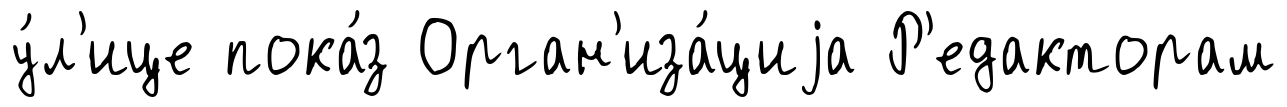
у́л'ице пока́з Орган'иза́циjа Р'едакторам